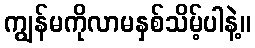
ကျွန်မကိုလာမနှစ်သိမ့်ပါနဲ့။